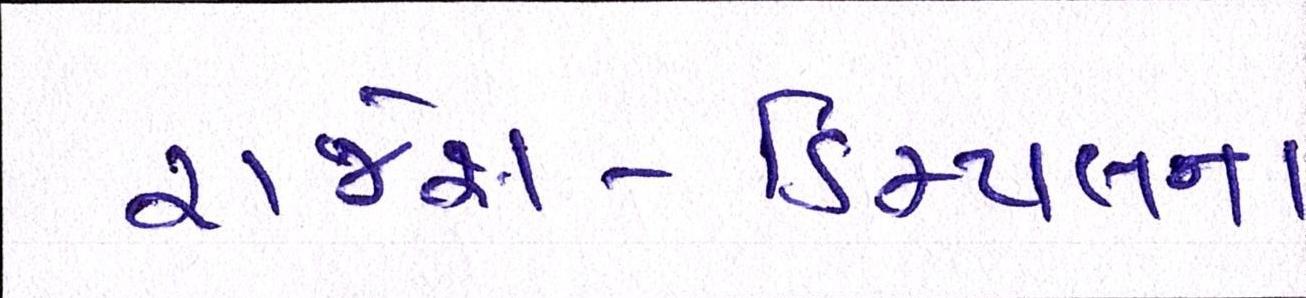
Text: રાજેશ-ડિમ્પલના